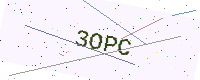
Text: 3OPC